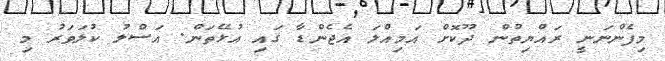
މިފެންނަނީ ރައްޔިތުން ދޫކޮށް އަމިއްލަ އެޖެންޑާ ގައި އުޅޭތަން. އަސްލު ކުލަވަރު މި